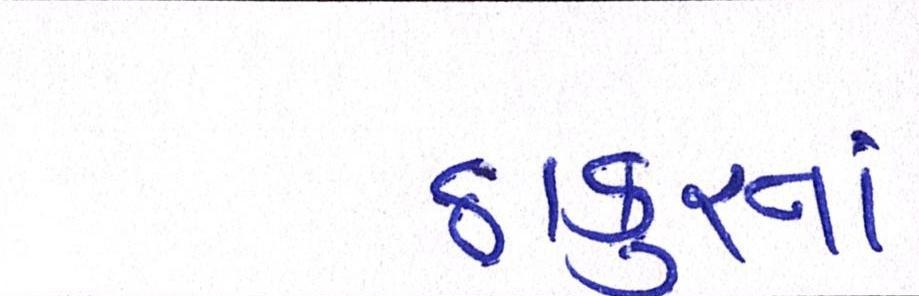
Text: ઠાકુરનાં